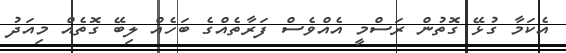
އެކަމާ ގުޅޭ ގޮތުން ރަސްމީ އެއްވެސް ފަރާތެއްގެ ބަހެއް ލިބޭ ގޮތެއް މިއަދު